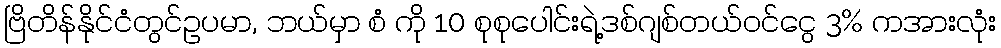
ဗြိတိန်နိုင်ငံတွင်ဥပမာ, ဘယ်မှာ စံ ကို 10 စုစုပေါင်းရဲ့ဒစ်ဂျစ်တယ်ဝင်ငွေ 3% ကအားလုံး